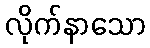
လိုက်နာသော